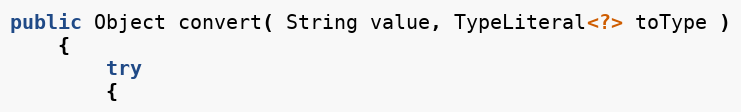
Language: Java
public Object convert( String value, TypeLiteral<?> toType )
    {
        try
        {